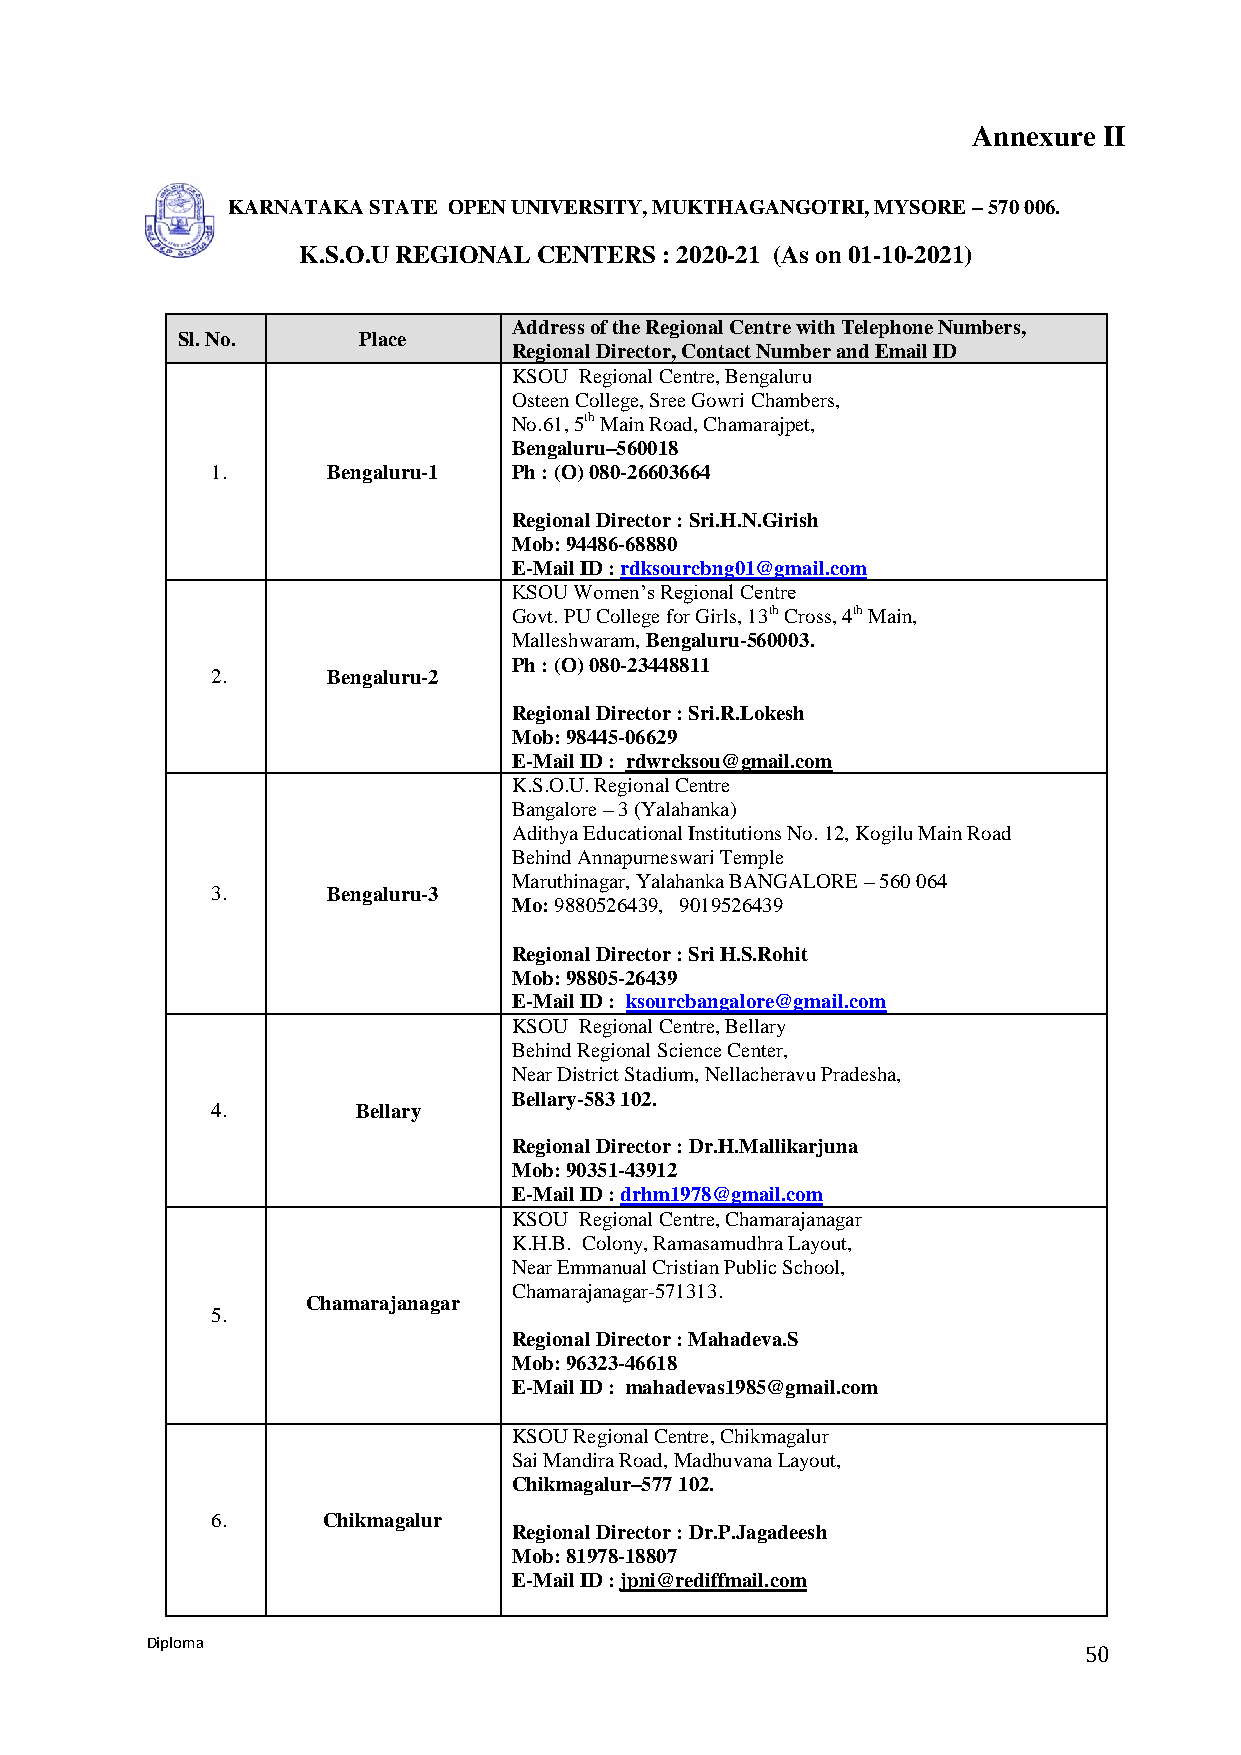
Annexure II
 KARNATAKA STATE OPEN UNIVERSITY, MUKTHAGANGOTRI, MYSORE – 570 006.
 K.S.O.U REGIONAL CENTERS : 2020-21 (As on 01-10-2021)
 Address of the Regional Centre with Telephone Numbers,
 Sl. No.     Place
 Regional Director, Contact Number and Email ID
 KSOU Regional Centre, Bengaluru
 Osteen College, Sree Gowri Chambers,
 No.61, 5th Main Road, Chamarajpet,
 Bengaluru–560018
 1.      Bengaluru-1 Ph : (O) 080-26603664
 Regional Director : Sri.H.N.Girish
 Mob: 94486-68880
 E-Mail ID : rdksourcbng01@gmail.com
 KSOU Women’s Regional Centre
 Govt. PU College for Girls, 13th Cross, 4th Main,
 Malleshwaram, Bengaluru-560003.
 Ph : (O) 080-23448811
 2.      Bengaluru-2
 Regional Director : Sri.R.Lokesh
 Mob: 98445-06629
 E-Mail ID : rdwrcksou@gmail.com
 K.S.O.U. Regional Centre
 Bangalore – 3 (Yalahanka)
 Adithya Educational Institutions No. 12, Kogilu Main Road
 Behind Annapurneswari Temple
 Maruthinagar, Yalahanka BANGALORE – 560 064
 3.      Bengaluru-3
 Mo: 9880526439, 9019526439
 Regional Director : Sri H.S.Rohit
 Mob: 98805-26439
 E-Mail ID : ksourcbangalore@gmail.com
 KSOU Regional Centre, Bellary
 Behind Regional Science Center,
 Near District Stadium, Nellacheravu Pradesha,
 Bellary-583 102.
 4.        Bellary
 Regional Director : Dr.H.Mallikarjuna
 Mob: 90351-43912
 E-Mail ID : drhm1978@gmail.com
 KSOU Regional Centre, Chamarajanagar
 K.H.B. Colony, Ramasamudhra Layout,
 Near Emmanual Cristian Public School,
 Chamarajanagar-571313.
 Chamarajanagar
 5.
 Regional Director : Mahadeva.S
 Mob: 96323-46618
 E-Mail ID : mahadevas1985@gmail.com
 KSOU Regional Centre, Chikmagalur
 Sai Mandira Road, Madhuvana Layout,
 Chikmagalur–577 102.
 6.     Chikmagalur
 Regional Director : Dr.P.Jagadeesh
 Mob: 81978-18807
 E-Mail ID : jpni@rediffmail.com
 Diploma
 50